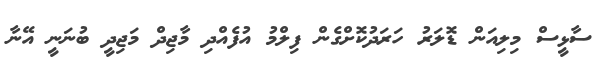
ސާޅީސް މިލިއަން ޑޮލަރު ހަރަދުކޮށްގެން ފިލްމު އުފެއްދި މާޖިދް މަޖިދީ ބުނަނީ އޭނާ